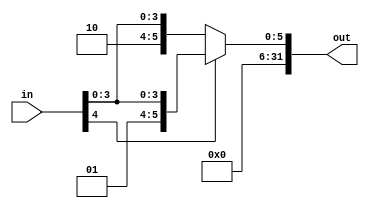
module signExtend(in,out);
  input [4:0] in;
  output [31:0] out;
  assign out = in[4]? {27'b0, in}: {27'b1, in};
endmodule